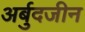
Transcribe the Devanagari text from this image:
अर्बुदजीन